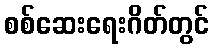
စစ်ဆေးရေးဂိတ်တွင်